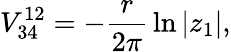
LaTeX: V_{34}^{12}=-{\frac{r}{2\pi}}\ln|z_{1}|,